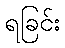
ရခြင်း